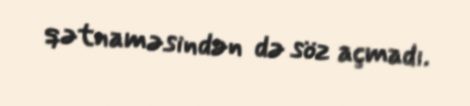
qətnaməsindən də söz açmadı.